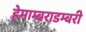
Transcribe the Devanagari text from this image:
हेमाम्बराडम्बरी